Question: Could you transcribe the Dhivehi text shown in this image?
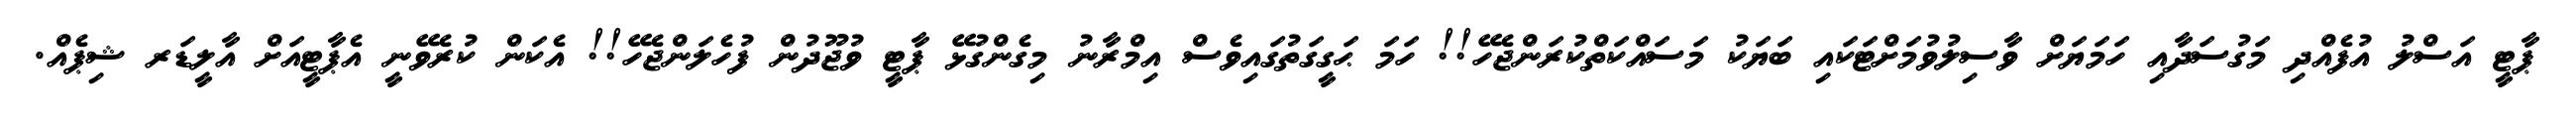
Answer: ޕާޓީ އަސްލު އުފެއްދި މަގުސަދާއި ހަމަޔަށް ވާސިލުވުމަށްޓަކައި ބަޔަކު މަސައްކަތްކުރަންޖެހޭ!! ހަމަ ޙަގީގަތުގައިވެސް އިމްރާނު މިގެންގުޅޭ ޕާޓީ ވުޖޫދުން ފުހެލަންޖެހޭ!! އެކަން ކުރެވޭނީ އެޕާޓީއަށް އާލީޑަރ ޝިޕެއް.